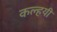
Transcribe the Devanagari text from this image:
कल्हयी